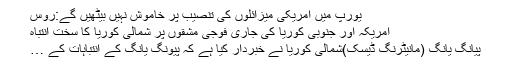
یورپ میں امریکی میزائلوں کی تنصیب پر خاموش نہیں بیٹھیں گے:روس
امریکہ اور جنوبی کوریا کی جاری فوجی مشقوں پر شمالی کوریا کا سخت انتباہ
پیانگ یانگ (مانیٹرنگ ڈیسک)شمالی کوریا نے خبردار کیا ہے کہ پیونگ یانگ کے انتباہات کے …